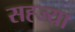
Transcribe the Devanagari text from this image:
सह्ज्या